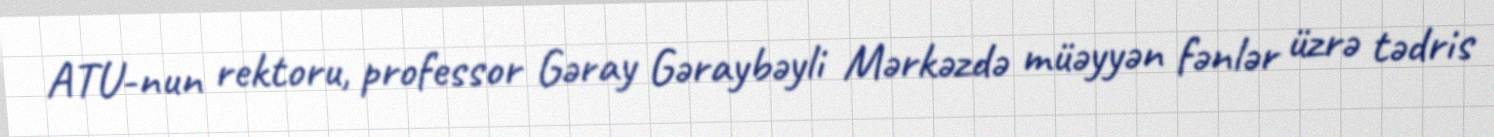
ATU-nun rektoru, professor Gəray Gəraybəyli Mərkəzdə müəyyən fənlər üzrə tədris